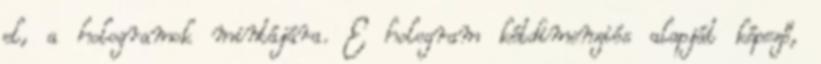
el, a hologramok mintájára. E hologram kétdimenziós alapját képező,